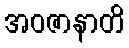
အဝဇာနာတိ